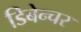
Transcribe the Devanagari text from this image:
डिबेन्‍चर